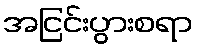
အငြင်းပွားစရာ